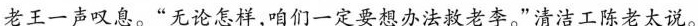
老王一声叹息。”无论怎样，咱们一定要想办法救老李。”清洁工陈老太说。